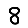
Digit: 8